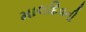
માલદિવની